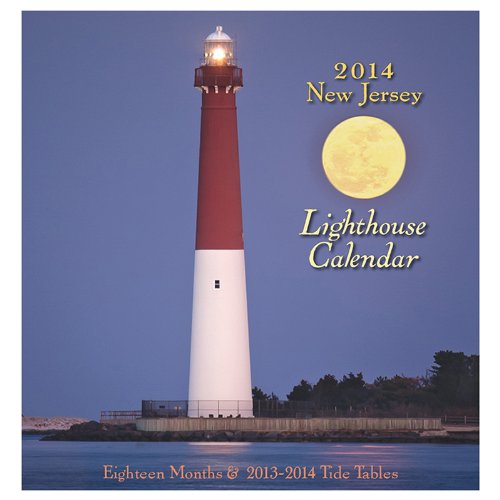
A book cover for New Jersey Lighthouse Calendar 2014; Down The Shore; Calendars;